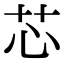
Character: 芯